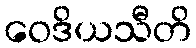
ဝေဒိယသီတိ